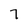
Character: 7